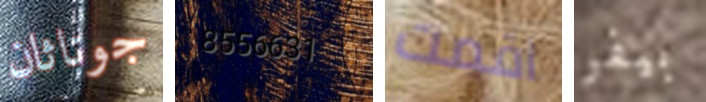
جوناثان 8556631 اقمت بيفر